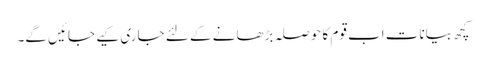
کچھ بیانات اب قوم کا حوصلہ بڑھانے کے لئے جاری کیے جائیں گے۔